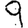
Digit: 9